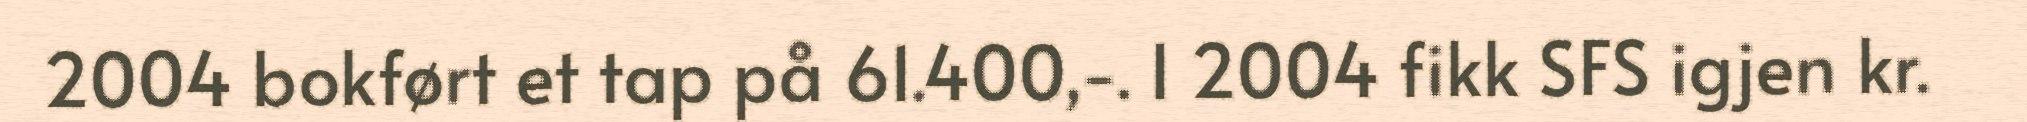
2004 bokført et tap på 61.400,-. I 2004 fikk SFS igjen kr.